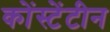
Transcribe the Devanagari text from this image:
कोंस्टेंटीन